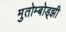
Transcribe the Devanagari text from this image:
मुतोम्बोड्झी